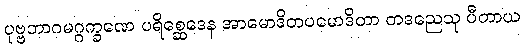
ပုဗ္ဗဘာဂမဂ္ဂက္ခဏေ ပရိစ္ဆေဒေန အာမောဒိတပမောဒိတာ တဒညေသု ပီတာယ